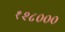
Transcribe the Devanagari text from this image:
१२८०००